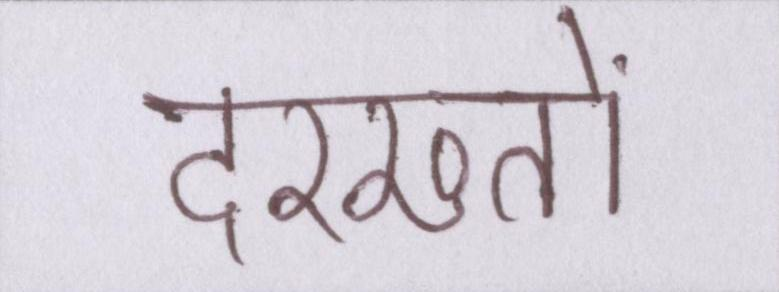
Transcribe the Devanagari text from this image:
दरख्तों